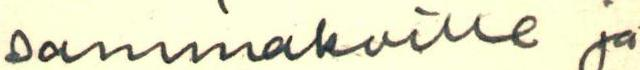
sammakoille ja